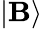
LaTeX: |\mathbf{B}\rangle